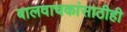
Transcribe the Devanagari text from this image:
बालवाचकांसाठीही